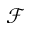
\mathcal { F }